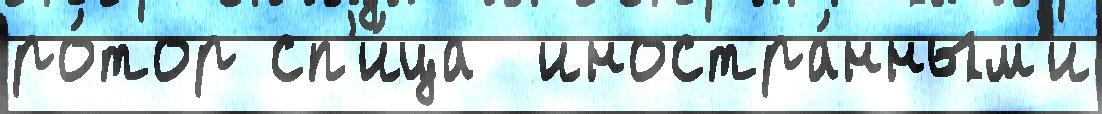
ро́тор сп'и́ца  иностра́нным'и